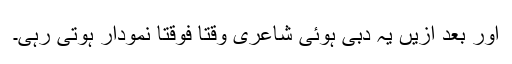
اور بعد ازیں یہ دبی ہُوئی شاعری وقتاََ فوقتاََ نمودار ہوتی رہی۔